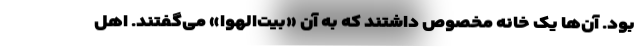
بود. آن‌ها یک خانه مخصوص داشتند که به آن «بیت‌الهوا» می‌گفتند. اهل